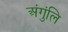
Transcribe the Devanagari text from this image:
अंगुंलि